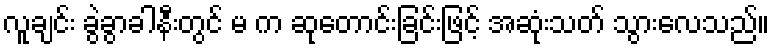
လူချင်း ခွဲခွာခါနီးတွင် မ က ဆုတောင်းခြင်းဖြင့် အဆုံးသတ် သွားလေသည်။